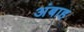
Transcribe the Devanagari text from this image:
अंबाह